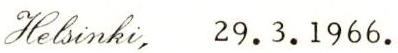
Hebsinki, 29.3.1966.